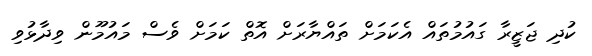
ކުދި ޖަޒީރާ ގައުމުތައް އެކަމަށް ތައްޔާރަށް އޮތް ކަމަށް ވެސް މައުމޫން ވިދާޅުވި